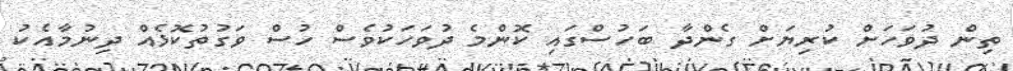
ތިން ދުވަހަށް ކުރިޔަށް ގެންދާ ބަހުސްގައި ކޮންމެ ދުވަހަކުވެސް ހުސް ވަގުތުކޮޅެއް ދިނުމާއެކު